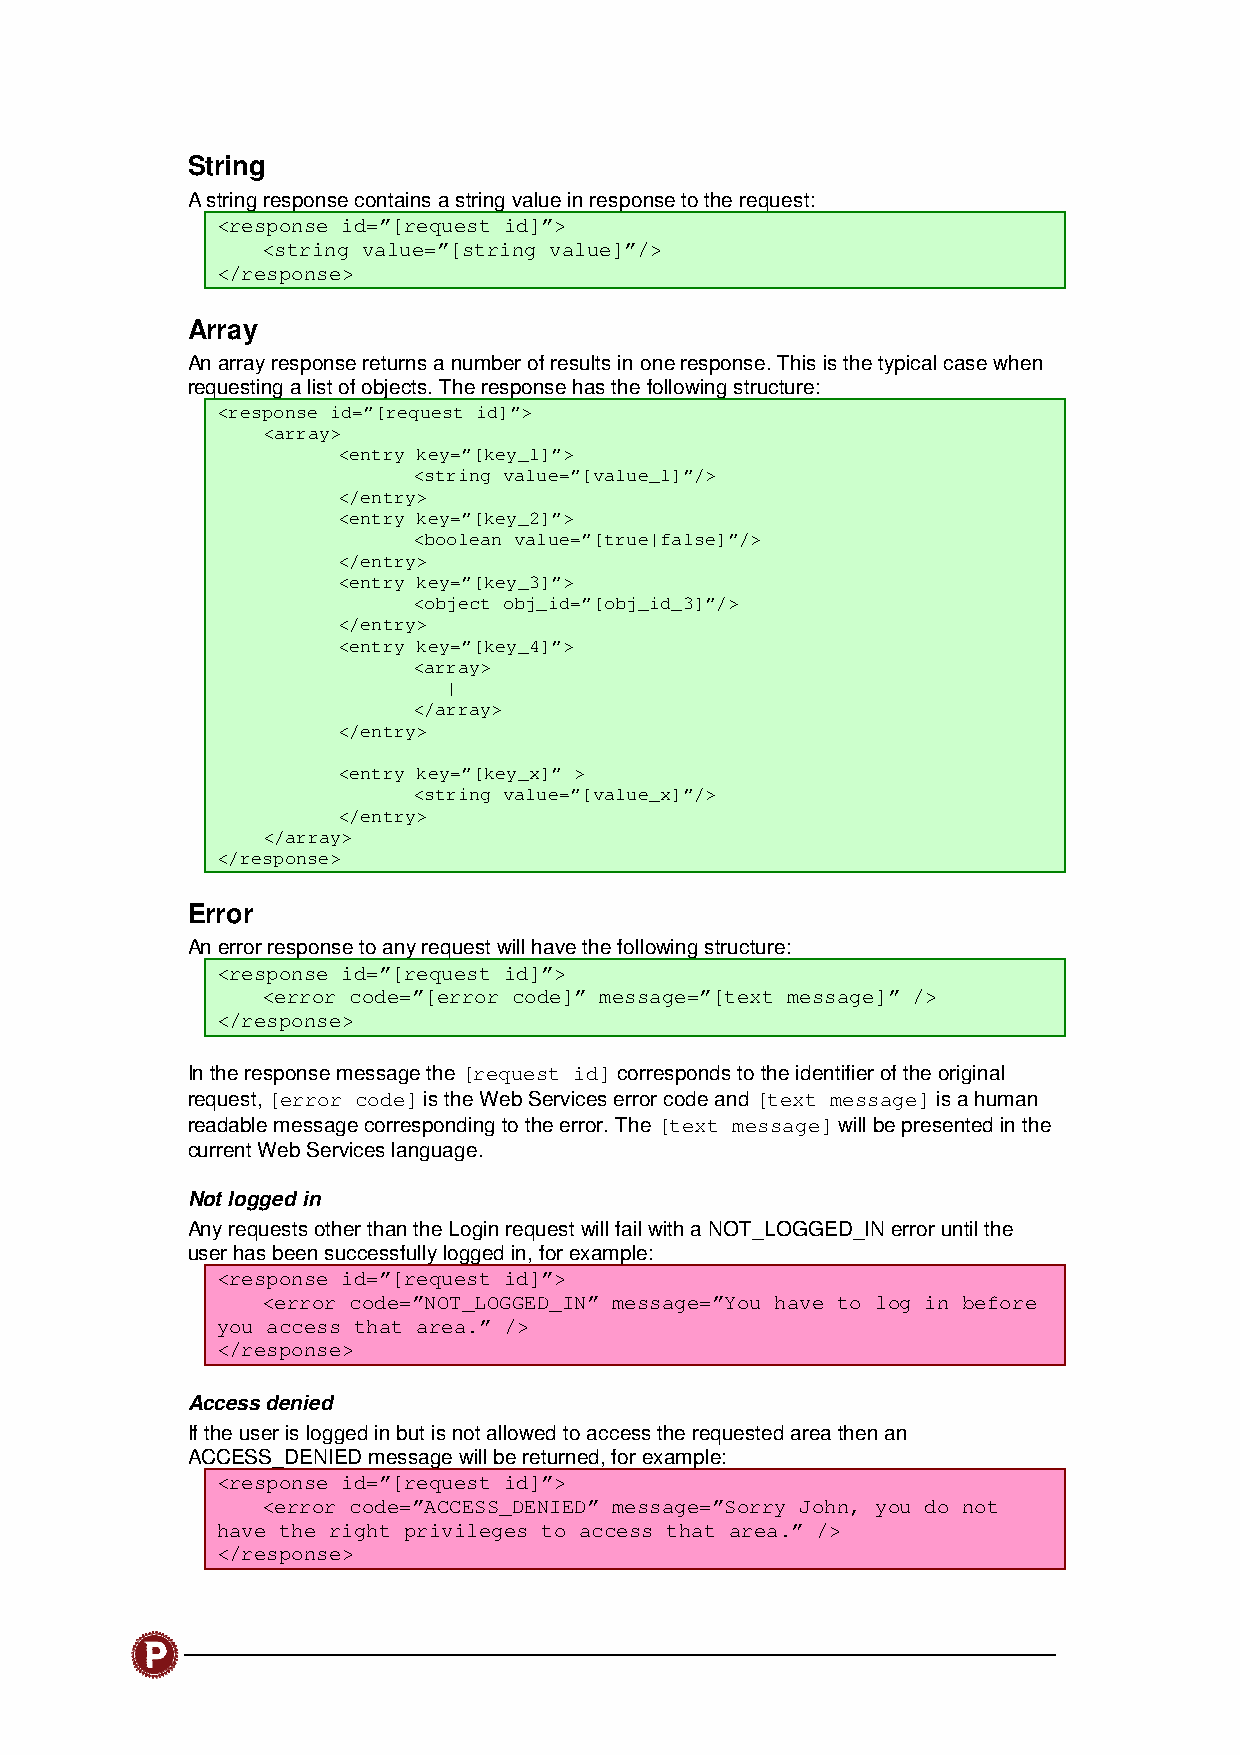
String
 A string response contains a string value in response to the request:
 <response id=”[request id]”>
 <string value=”[string value]”/>
 </response>
 Array
 An array response returns a number of results in one response. This is the typical case when
 requesting a list of objects. The response has the following structure:
 <response id=”[request id]”>
 <array>
 <entry key=”[key_1]”>
 <string value=”[value_1]”/>
 </entry>
 <entry key=”[key_2]”>
 <boolean value=”[true|false]”/>
 </entry>
 <entry key=”[key_3]”>
 <object obj_id=”[obj_id_3]”/>
 </entry>
 <entry key=”[key_4]”>
 <array>
 |
 </array>
 </entry>
 <entry key=”[key_x]” >
 <string value=”[value_x]”/>
 </entry>
 </array>
 </response>
 Error
 An error response to any request will have the following structure:
 <response id=”[request id]”>
 <error code=”[error code]” message=”[text message]” />
 </response>
 In the response message the [request id] corresponds to the identifier of the original
 request, [error code] is the Web Services error code and [text message] is a human
 readable message corresponding to the error. The [text message] will be presented in the
 current Web Services language.
 Not logged in
 Any requests other than the Login request will fail with a NOT_LOGGED_IN error until the
 user has been successfully logged in, for example:
 <response id=”[request id]”>
 <error code=”NOT_LOGGED_IN” message=”You have to log in before
 you access that area.” />
 </response>
 Access denied
 If the user is logged in but is not allowed to access the requested area then an
 ACCESS_DENIED message will be returned, for example:
 <response id=”[request id]”>
 <error code=”ACCESS_DENIED” message=”Sorry John, you do not
 have the right privileges to access that area.” />
 </response>